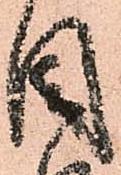
目